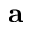
\textbf { a }